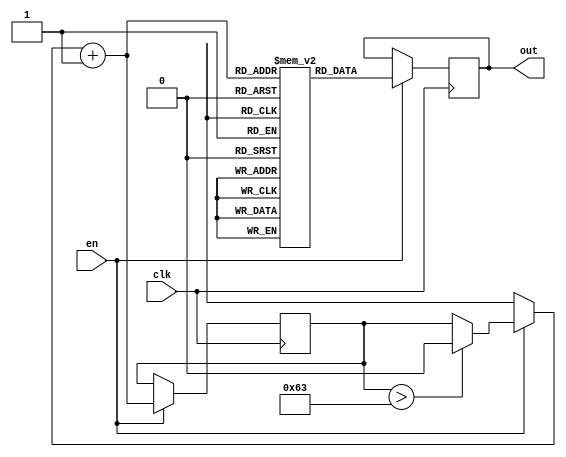
`timescale 1ns / 1ps


module rom(clk, en, out);
    input clk, en;
    output reg [31:0] out;
    reg [31:0] mem [0:99];
    reg cnt = 0;
    
    always@(posedge clk)
        if(en)
            begin
                if(cnt > 99)
                     cnt = 0;           
            cnt = cnt+1;
            out = mem[cnt];
            end
endmodule